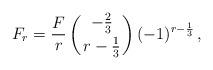
LaTeX: \begin{align*}F_r={F\over r}\left({-{2\over 3}\atop r-{1\over 3}}\right)(-1)^{r-{1\over3}}\,,\end{align*}